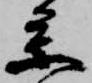
参